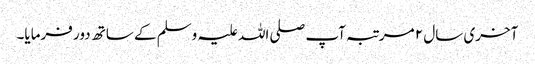
آخری سال ۲ مرتبہ آپ صلی اللہ علیہ وسلم کے ساتھ دور فرمایا۔